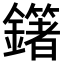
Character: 𨮿